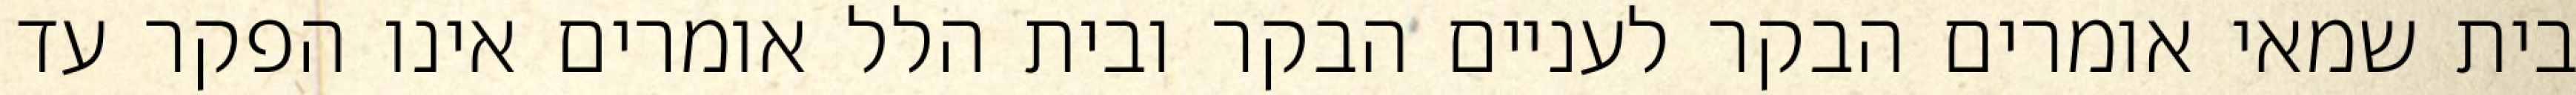
בית שמאי אומרים הבקר לעניים הבקר ובית הלל אומרים אינו הפקר עד